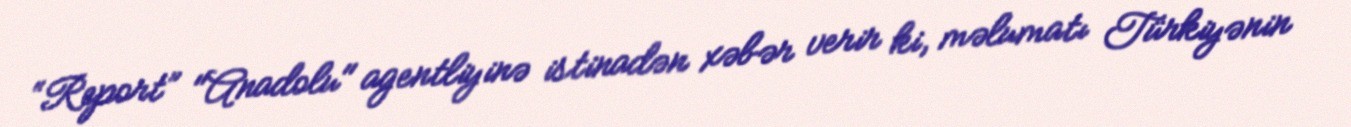
“Report” "Anadolu" agentliyinə istinadən xəbər verir ki, məlumatı Türkiyənin